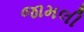
જામલી